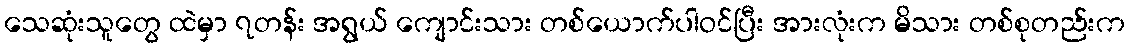
သေဆုံးသူတွေ ထဲမှာ ၇တန်း အရွယ် ကျောင်းသား တစ်ယောက်ပါဝင်ပြီး အားလုံးက မိသား တစ်စုတည်းက